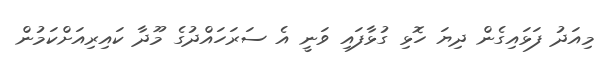
މިއަދު ފަޅައިގެން ދިޔަ ހޮޅި ގުޅާފައި ވަނީ އެ ސަރަހައްދުގެ މޫދާ ކައިރިއަށްކަމުން